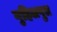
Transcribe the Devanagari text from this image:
गुहिलपुत्र